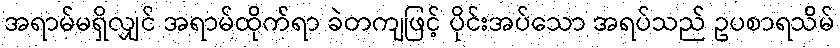
အရာမ်မရှိလျှင် အရာမ်ထိုက်ရာ ခဲတကျဖြင့် ပိုင်းအပ်သော အရပ်သည် ဥပစာရသိမ်